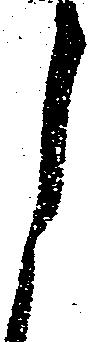
月